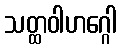
သတ္ထဝါဟဂ္ဂေါ